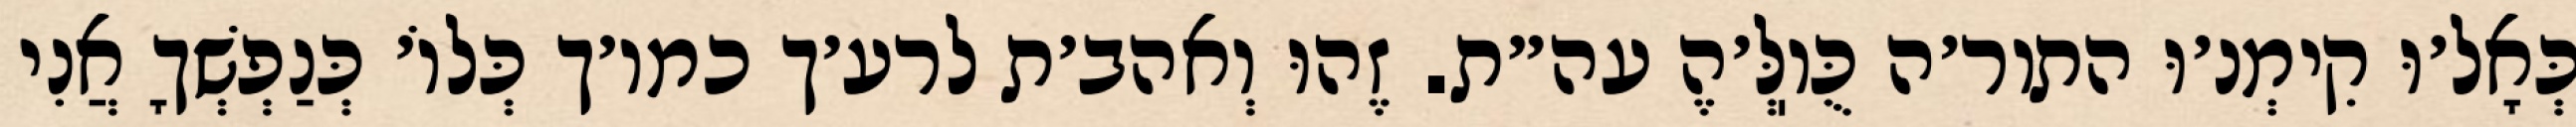
כְּאָל׳וּ קִימְנ׳וּ התור׳ה כֻּוֽלְּ׳הֶ עה״ת. זֶהוּ וְאהב׳ת לרע׳ך כמו׳ך כְּלוֹ׳ כְּנַפְשְׁךָ אֲנִי